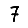
Digit: 7